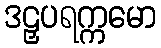
ဒဠှပရက္ကမော